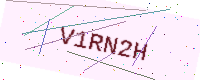
Text: V1RN2H